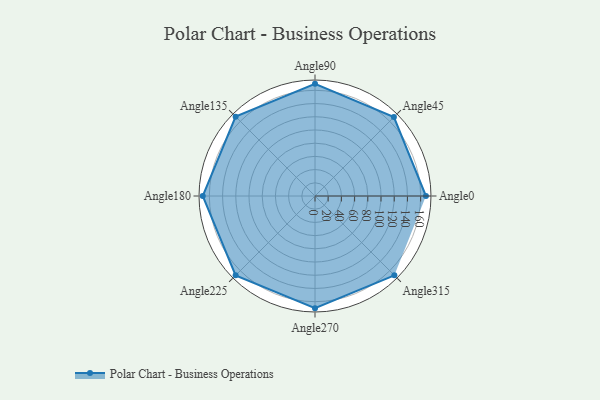
{"axis": {"x": "Angle", "y": "Radius"}, "legend": [""], "data": [{"x": "Angle0", "y": 168.0, "type": ""}, {"x": "Angle45", "y": 169.0, "type": ""}, {"x": "Angle90", "y": 170, "type": ""}, {"x": "Angle135", "y": 170, "type": ""}, {"x": "Angle180", "y": 170, "type": ""}, {"x": "Angle225", "y": 170, "type": ""}, {"x": "Angle270", "y": 170, "type": ""}, {"x": "Angle315", "y": 170, "type": ""}]}